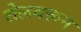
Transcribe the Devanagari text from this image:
रोलवरून